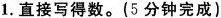
1.直接写得数。(5分钟完成)